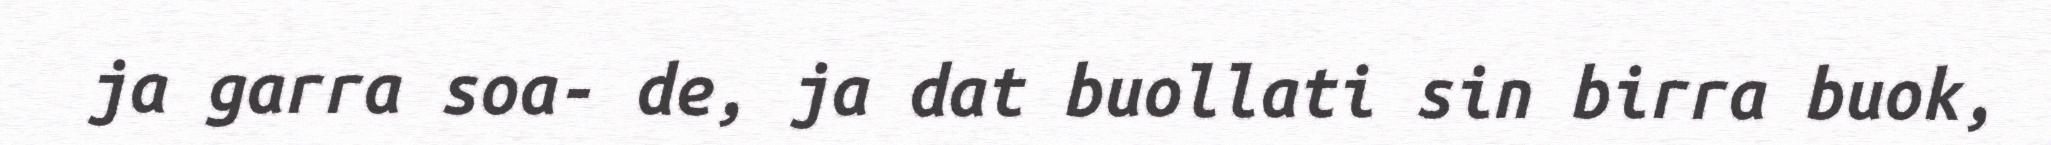
ja garra soa- de, ja dat buollati sin birra buok,